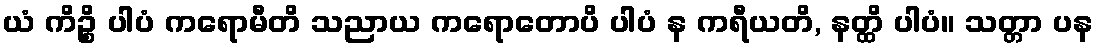
ယံ ကိဉ္စိ ပါပံ ကရောမီတိ သညာယ ကရောတောပိ ပါပံ န ကရီယတိ, နတ္ထိ ပါပံ။ သတ္တာ ပန